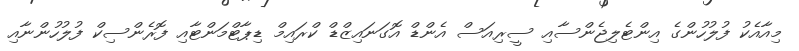
މިއާއެކު ފުލުހުންގެ އިންޓެލިޖެންސާއި ސީރިއަސް އެންޑް އޮގަނައިޒްޑް ކްރައިމް ޑިޕާޓްމަންޓާއި ފޮރެންސިކް ފުލުހުންނާއި